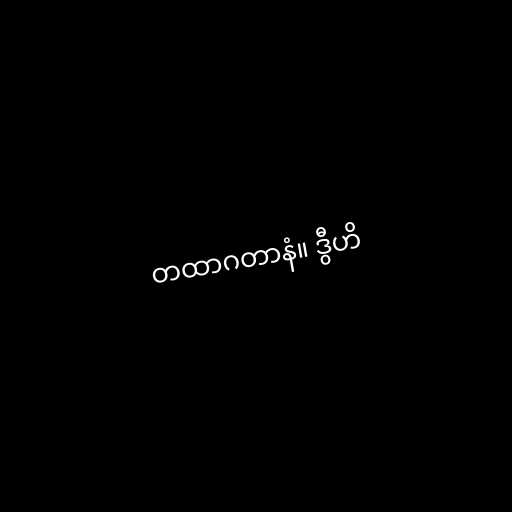
တထာဂတာနံ။ ဒွီဟိ